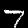
Label: 7